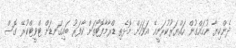
ދެންކިޔާ ނުހައްގުން ހައްޔަރުކުރަނީއޭ އަވަހަށް މޮޅެތި ޑްރާމާފޮޓޯތަށް ކާފަރު ބައިގަނޑަށް ޓްވީޓްކުރޭ ގޮސް